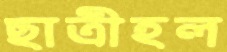
ছাত্রীহল